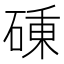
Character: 𥔝